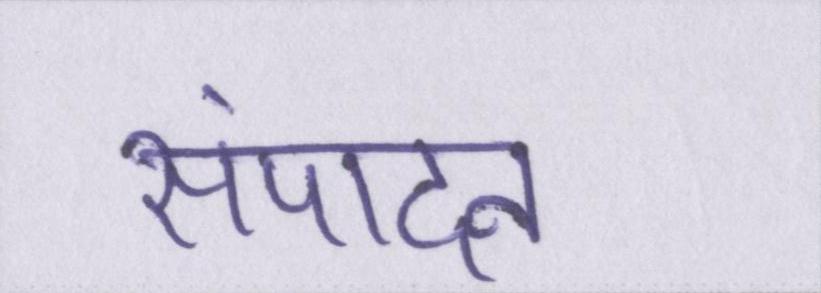
संपादन